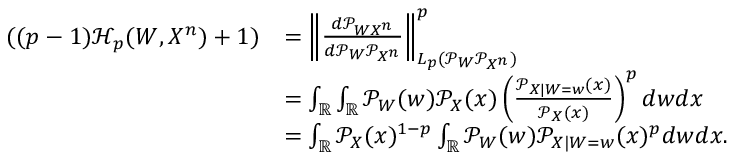
\begin{array} { r l } { ( ( p - 1 ) \mathcal { H } _ { p } ( W , X ^ { n } ) + 1 ) } & { = \left\lVert \frac { d \mathcal { P } _ { W X ^ { n } } } { d \mathcal { P } _ { W } \mathcal { P } _ { X ^ { n } } } \right\rVert _ { L _ { p } ( \mathcal { P } _ { W } \mathcal { P } _ { X ^ { n } } ) } ^ { p } } \\ & { = \int _ { \mathbb { R } } \int _ { \mathbb { R } } \mathcal { P } _ { W } ( w ) \mathcal { P } _ { X } ( x ) \left( \frac { \mathcal { P } _ { X | W = w } ( x ) } { \mathcal { P } _ { X } ( x ) } \right) ^ { p } d w d x } \\ & { = \int _ { \mathbb { R } } \mathcal { P } _ { X } ( x ) ^ { 1 - p } \int _ { \mathbb { R } } \mathcal { P } _ { W } ( w ) \mathcal { P } _ { X | W = w } ( x ) ^ { p } d w d x . } \end{array}